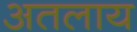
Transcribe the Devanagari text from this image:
अतलाय